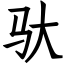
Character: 驮